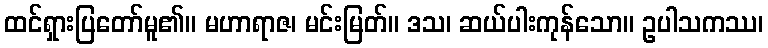
ထင်ရှားပြတော်မူ၏။ မဟာရာဇ၊ မင်းမြတ်။ ဒသ၊ ဆယ်ပါးကုန်သော။ ဥပါသကဿ၊